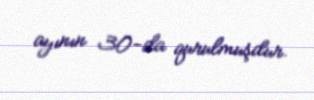
ayının 30-da qurulmuşdur.